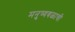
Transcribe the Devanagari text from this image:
मनुष्यबळाची